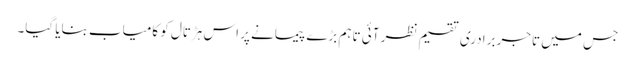
جس میں تاجر برادری تقسیم نظر آئی تاہم بڑے پیمانے پر اس ہڑتال کو کامیاب بنایا گیا۔